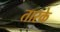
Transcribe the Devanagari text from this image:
तारके